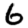
Digit: 6